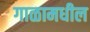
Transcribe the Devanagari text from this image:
गाळामधील